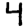
Digit: 4